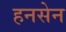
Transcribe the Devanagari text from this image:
हनसेन